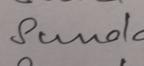
Signature authenticity: genuine